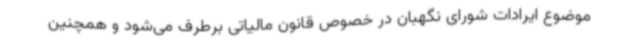
موضوع ایرادات شورای نگهبان در خصوص قانون مالیاتی برطرف می‌شود و همچنین